Annual administration report of the Civil Veterinary Department, Sind - 1937-1938
Year: 1937
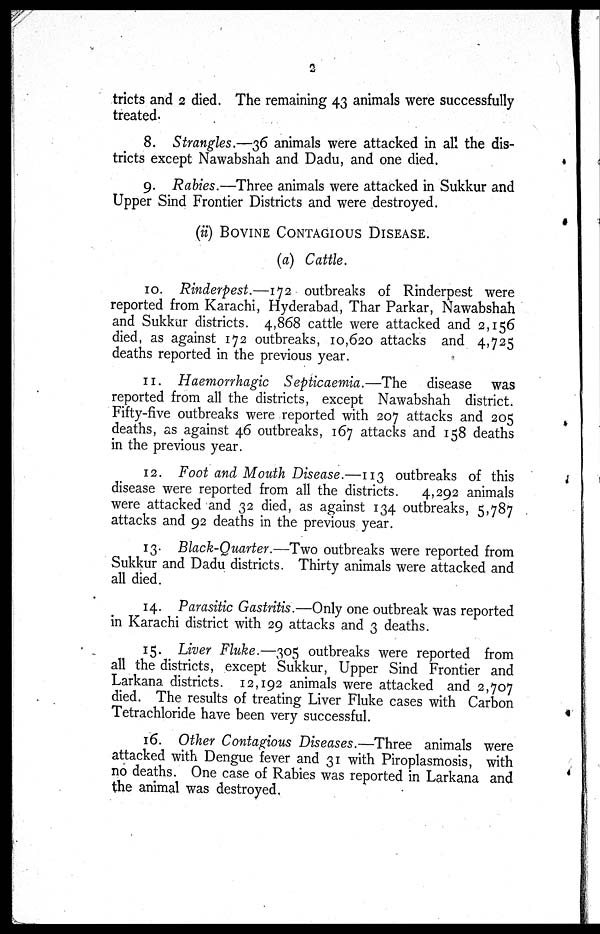
2
tricts and 2 died. The remaining 43 animals were successfully
treated.
8. Strangles.—36 animals were attacked in all the dis-
tricts except Nawabshah and Dadu, and one died.
9. Rabies.—Three animals were attacked in Sukkur and
Upper Sind Frontier Districts and were destroyed.
(ii) BOVINE CONTAGIOUS DISEASE.
(a) Cattle.
10. Rinderpest.—172 outbreaks of Rinderpest were
reported from Karachi, Hyderabad, Thar Parkar, Nawabshah
and Sukkur districts. 4,868 cattle were attacked and 2,156
died, as against 172 outbreaks, 10,620 attacks and 4,725
deaths reported in the previous year.
11. Haemorrhagic Septicaemia.—The
disease was
reported from all the districts, except Nawabshah district.
Fifty-five outbreaks were reported with 207 attacks and 205
deaths, as against 46 outbreaks, 167 attacks and 158 deaths
in the previous year.
12. Foot and Mouth Disease.—113 outbreaks of this
disease were reported from all the districts.
4,292 animals
were attacked and 32 died, as against 134 outbreaks, 5,787
attacks and 92 deaths in the previous year.
13. Black-Quarter.—Two outbreaks were reported from
Sukkur and Dadu districts. Thirty animals were attacked and
all died.
14. Parasitic Gastritis.—Only one outbreak was reported
in Karachi district with 29 attacks and 3 deaths.
15. Liver Fluke.—305 outbreaks were reported from
all the districts, except Sukkur, Upper Sind Frontier and
Larkana districts. 12,192 animals were attacked and 2,707
died. The results of treating Liver Fluke cases with Carbon
Tetrachloride have been very successful.
16. Other Contagious Diseases.—Three animals were
attacked with Dengue fever and 31 with Piroplasmosis, with
no deaths. One case of Rabies was reported in Larkana and
the animal was destroyed.